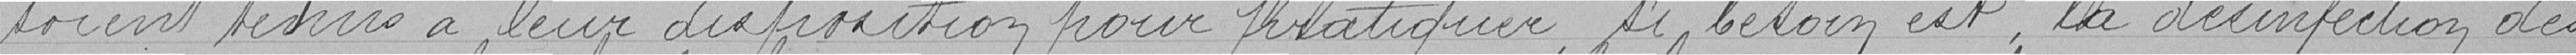
soient tenus à leur disposition pour pratiquer, si besoin est, la désinfection des